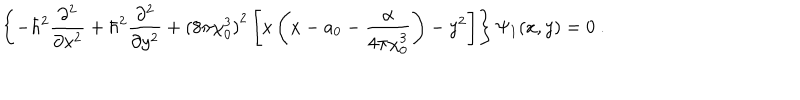
LaTeX: \left\{ - \hbar ^ { 2 } \frac { \partial ^ { 2 } } { \partial x ^ { 2 } } + \hbar ^ { 2 } \frac { \partial ^ { 2 } } { \partial y ^ { 2 } } + { ( 8 \pi \chi _ { 0 } ^ { 3 } ) } ^ { 2 } \left[ x \left( x - a _ { 0 } - \frac { \alpha } { 4 \pi \chi _ { 0 } ^ { 3 } } \right) - y ^ { 2 } \right] \right\} \Psi _ { 1 } ( x , y ) = 0 ~ .